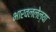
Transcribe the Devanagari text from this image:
भारवललेल्या